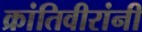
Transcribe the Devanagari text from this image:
क्रांतिवीरांनी